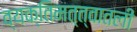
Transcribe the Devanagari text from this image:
व्यक्तिमत्त्वातली